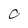
Character: 0